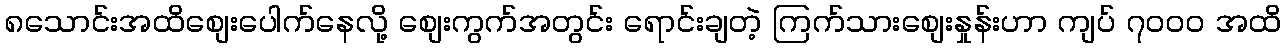
၈သောင်းအထိစျေးပေါက်နေလို့ စျေးကွက်အတွင်း ရောင်းချတဲ့ ကြက်သားစျေးနှုန်းဟာ ကျပ် ၇၀၀၀ အထိ